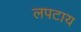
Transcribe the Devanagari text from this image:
लपटाय